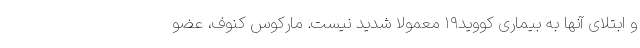
و ابتلای آنها به بیماری کووید۱۹ معمولا شدید نیست. مارکوس کنوف، عضو